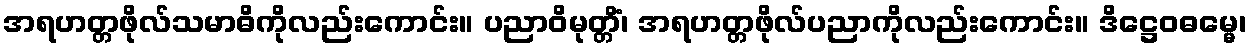
အရဟတ္တဖိုလ်သမာဓိကိုလည်းကောင်း။ ပညာဝိမုတ္တိံ၊ အရဟတ္တဖိုလ်ပညာကိုလည်းကောင်း။ ဒိဋ္ဌေဝဓမ္မေ၊